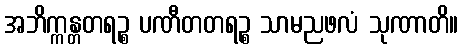
အဘိက္ကန္တတရဉ္စ ပဏီတတရဉ္စ သာမညဖလံ သုဏာတိ။